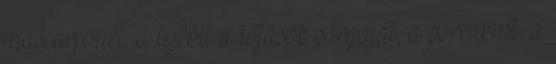
mascarponét, a tejfölt a tojások sárgáját, a porcukrot, a